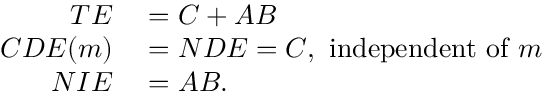
\begin{array} { r l } { T E } & { { } = C + A B } \\ { C D E ( m ) } & { { } = N D E = C , { \mathrm { ~ i n d e p e n d e n t ~ o f ~ } } m } \\ { N I E } & { { } = A B . } \end{array}